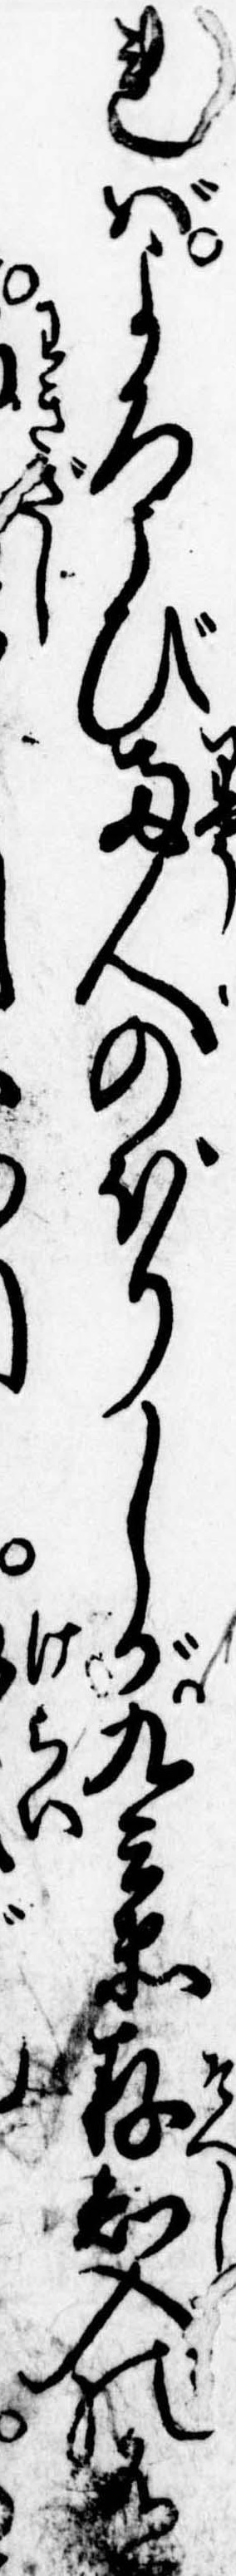
ればよろこび両人のぼりしが九兵衛存知入の有